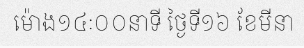
ម៉ោង១៤ៈ០០នាទី ថ្ងៃទី១៦ ខែមីនា